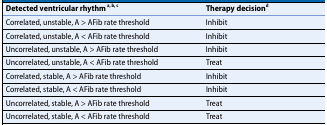
| Detected ventricular rhythm a, b, c | Therapy decisiond |
 | --- | --- |
 | Correlated, unstable, A > AFib rate threshold | Inhibit |
 | Correlated, unstable, A < AFib rate threshold | Inhibit |
 | Uncorrelated, unstable, A > AFib rate threshold | Inhibit |
 | Uncorrelated, unstable, A < AFib rate threshold | Treat |
 | Correlated, stable, A > AFib rate threshold | Inhibit |
 | Correlated, stable, A < AFib rate threshold | Inhibit |
 | Uncorrelated, stable, A > AFib rate threshold | Treat |
 | Uncorrelated, stable, A < AFib rate threshold | Treat |